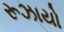
રૂઝાયો